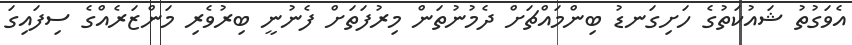
އެވަގުތު ޝައުކަތުގެ ހަށިގަނޑު ބިންމައްޗަށް ދެމުނުތަން މިރުފަތަށް ފެނުނީ ބިރުވެރި މަންޒަރެއްގެ ސިފައިގަ